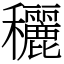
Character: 穲